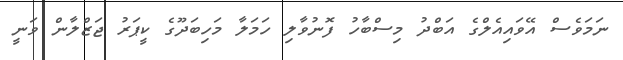
ނަމަވެސް އޭވައިއެލްގެ އަބްދު މިސްބާހު ފޮނުވާލި ހަމަލާ މަހިބަދޫގެ ކީޕަރު ޖަޒްލާން ވަނީ